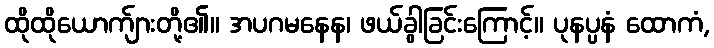
ထိုထိုယောက်ျားတို့၏။ အပဂမနေန၊ ဖယ်ခွါခြင်းကြောင့်။ ပုနပ္ပနံ ထောကံ,